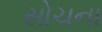
સોચના